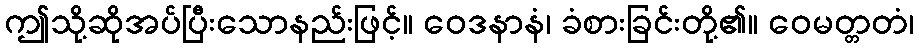
ဤသို့ဆိုအပ်ပြီးသောနည်းဖြင့်။ ဝေဒနာနံ၊ ခံစားခြင်းတို့၏။ ဝေမတ္တတံ၊